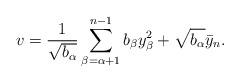
LaTeX: \begin{align*}v = \frac{1}{\sqrt{b_\alpha}} \sum_{\beta=\alpha+1}^{n-1} b_\beta y_\beta^2 + \sqrt{b_\alpha} \bar{y}_n.\end{align*}